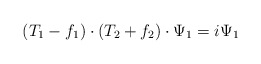
\begin{align*}(T_1-f_1)\cdot (T_2+f_2)\cdot \Psi_1=i\Psi_1\end{align*}